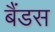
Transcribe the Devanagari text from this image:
बैंडस